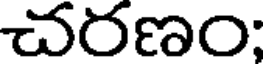
చరణం;